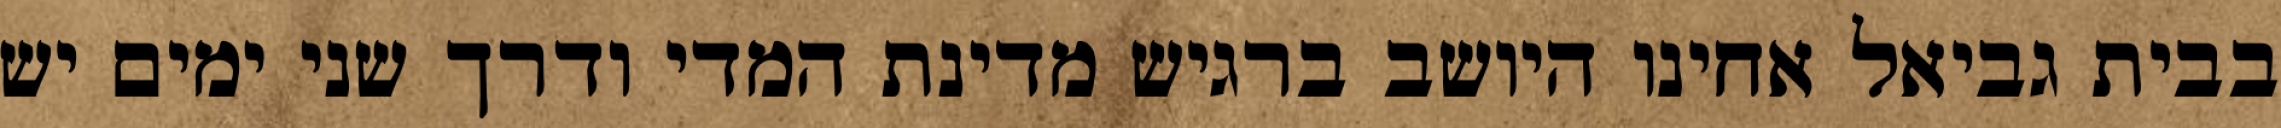
בבית גביאל אחינו היושב ברגיש מדינת המדי ודרך שני ימים יש